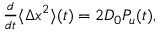
\begin{array} { r } { \frac { d } { d t } \langle \Delta x ^ { 2 } \rangle ( t ) = 2 D _ { 0 } P _ { u } ( t ) , } \end{array}